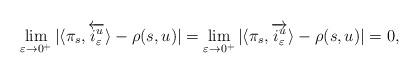
LaTeX: \begin{align*} \lim_{\varepsilon \rightarrow 0^{+}} | \langle \pi_s, \overleftarrow{i_{\varepsilon}^{ u}} \rangle - \rho(s,u) | = \lim_{\varepsilon \rightarrow 0^{+}} | \langle \pi_s, \overrightarrow{i_{\varepsilon}^{ u } }\rangle - \rho(s,u) | = 0,\end{align*}